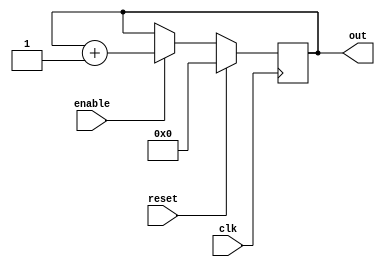
module counter10    (
out     ,  // Output of the counter
enable  ,  // enable for counter
clk     ,  // clock Input
reset      // reset Input  
);
 
    output [3:0] out;
    input enable, clk, reset;
    reg [3:0] out;
 
always @(posedge clk)
	if (reset) begin
  		out <= 4'b0 ;
	end else if (enable) begin
  		out <= (out + 1'b1);
	end
	
endmodule